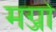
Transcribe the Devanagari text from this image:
मर्ग्जा